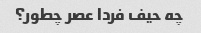
چه حیف فردا عصر چطور؟